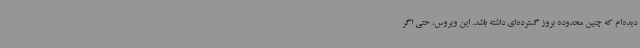
دیده‌ام که چنین محدوده بروز گسترده‌ای داشته باشد. این ویروس، حتی اگر